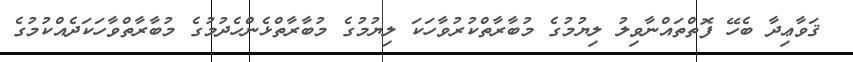
ޤަވާޢިދާ ބެހޭ ފޮތްތައްނާވިލު ލިޔުމުގެ މުބާރާތްކުރުވާހަކަ ލިޔުމުގެ މުބާރާތްޅެންހެދުމުގެ މުބާރާތްވާހަކަދެއްކުމުގެ